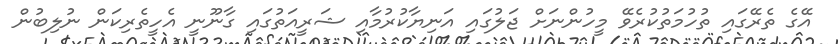
އޭގެ ތެރޭގައި ތުހުމަތުކުރެވޭ މީހުންނަށް ޖަލުގައި އަނިޔާކުރުމާއި ޝަރީއަތުގައި ގާނޫނީ އެހީތެރިކަން ނުލިބުން